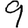
Digit: 9